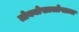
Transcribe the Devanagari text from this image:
तोक्योखालोखाल